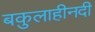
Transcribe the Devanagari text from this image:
बकुलाहीनदी